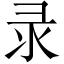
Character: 录